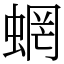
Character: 蝄